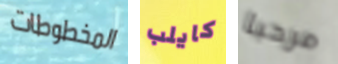
المخطوطات كايلب مرحبا